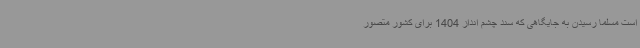
است مسلماً رسیدن به جایگاهی که سند چشم انداز 1404 برای کشور متصور